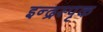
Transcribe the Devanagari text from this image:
इन्द्रस्पृक